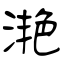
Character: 滟